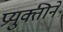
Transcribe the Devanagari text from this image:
प्रयुक्तीने